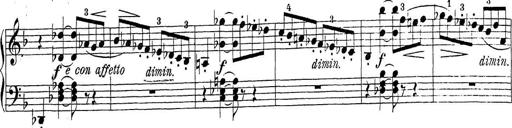
Title: Sonatina Album
Composer: Louis KÃ¶hler